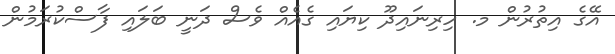
އޭގެ އިތުރުން މ. ހިރިނައިދޫ ކިޔައި ގެއެއް ވެސް ދަނީ ބަލައި ފާސްކުރަމުން